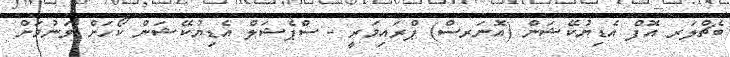
ބެޗްލަރ އޮފް އެޑިޔުކޭޝަން (އޮނަރސް) ޕްރައިމަރީ - ސްޕެޝަލް އެޑިޔުކޭޝަން ކޯހަށް ވަނުމަށް